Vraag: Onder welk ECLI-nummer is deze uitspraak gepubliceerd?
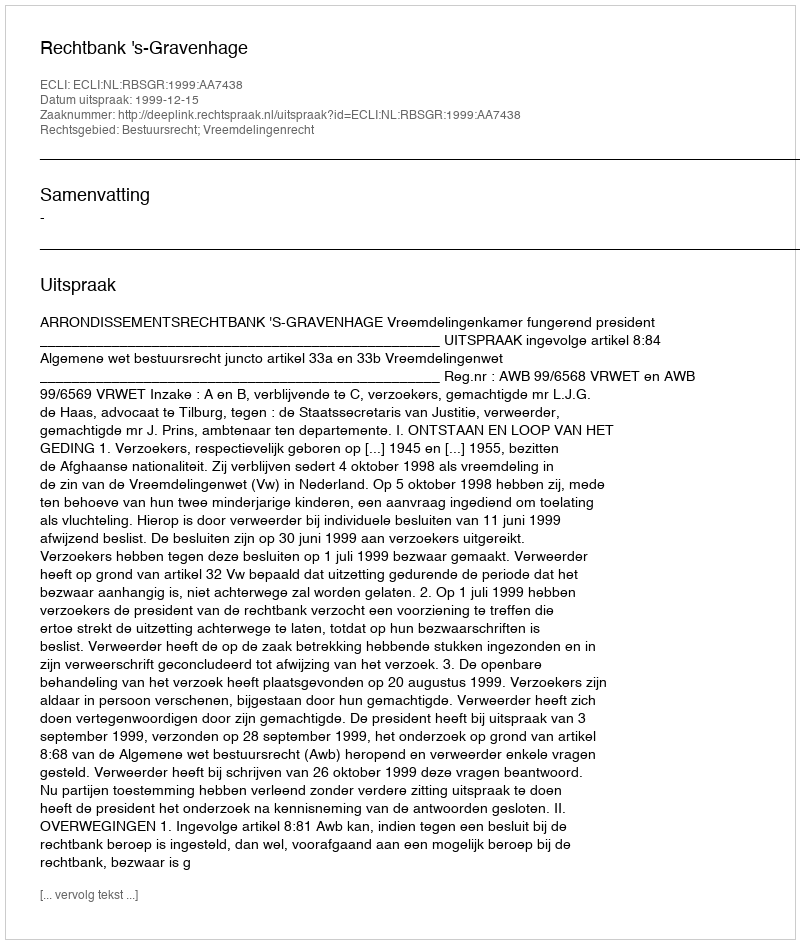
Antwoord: ECLI:NL:RBSGR:1999:AA7438